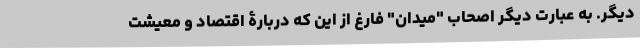
دیگر. به عبارت دیگر اصحاب "میدان" فارغ از این که دربارۀ اقتصاد و معیشت